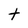
Character: t